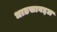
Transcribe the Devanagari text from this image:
धाडसाबद्दल